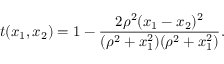
t ( x _ { 1 } , x _ { 2 } ) = 1 - \frac { 2 \rho ^ { 2 } ( x _ { 1 } - x _ { 2 } ) ^ { 2 } } { ( \rho ^ { 2 } + x _ { 1 } ^ { 2 } ) ( \rho ^ { 2 } + x _ { 1 } ^ { 2 } ) } .